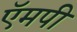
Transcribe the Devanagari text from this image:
ऍमपी